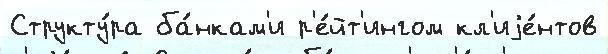
Структу́ра ба́нкам'и р'е́йт'ингом кл'иjе́нтов